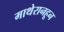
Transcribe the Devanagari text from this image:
माथेरानहून